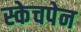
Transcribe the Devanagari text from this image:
स्केचपेन